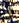
قد